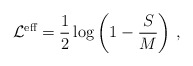
\begin{align*}{\cal L}^{\mbox{\scriptsize eff}}=\frac 12 \log \left( 1-\frac SM\right) \,,\end{align*}